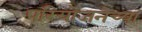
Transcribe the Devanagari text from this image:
परियोजनेच्या